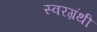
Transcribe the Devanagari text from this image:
स्वरग्रंथी